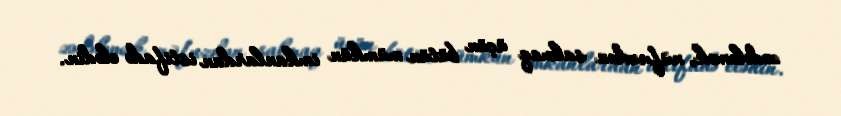
zədələmək, nüfuzdan salmaq üçün bütün mümkün imkanlardan istifadə elədin.